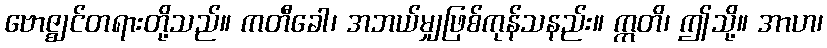
ဗောဇ္ဈင်တရားတို့သည်။ ကတီခေါ၊ အဘယ်မျှဖြစ်ကုန်သနည်း။ ဣတိ၊ ဤသို့။ အာဟ၊